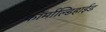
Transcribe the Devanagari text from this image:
फॉर्माल्डिहाईड